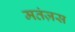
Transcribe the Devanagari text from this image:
मतंज़स